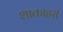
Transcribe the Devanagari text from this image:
शाकाहरी